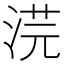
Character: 𭰳